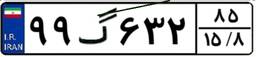
۹۹گ۶۳۲۸۵